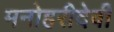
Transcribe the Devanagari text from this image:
मनोहरीदेवी